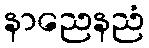
နာညေနညံ